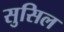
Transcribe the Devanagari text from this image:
सुसिल